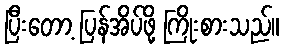
ပြီးတော့ ပြန်အိပ်ဖို့ ကြိုးစားသည်။